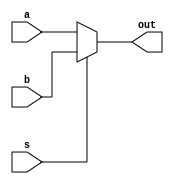
//Mux de dos entradas de 4 bits
module mux2_4(output wire [3:0] out, input wire [3:0] a, b, input wire s);

assign out = ( s == 0 )? a: b;

endmodule